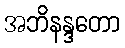
အဘိနန္ဒတော